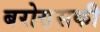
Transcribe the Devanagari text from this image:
बरोस़सकी